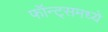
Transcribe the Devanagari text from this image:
फॉन्ट्‌समध्ये